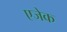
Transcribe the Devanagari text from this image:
एजेक